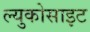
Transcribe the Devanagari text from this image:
ल्युकोसाइट